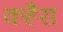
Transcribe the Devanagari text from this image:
कहैरा